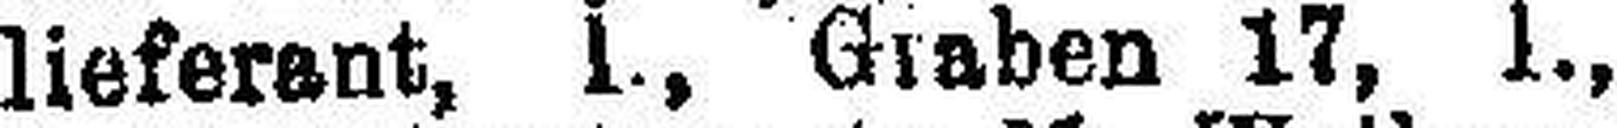
lieferant, l., Graben 17, l.,